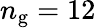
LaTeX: n_{\mathrm{g}}=12